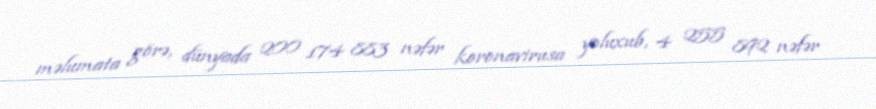
məlumata görə, dünyada 200 174 883 nəfər koronavirusa yoluxub, 4 255 892 nəfər